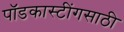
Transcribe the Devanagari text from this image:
पॉडकास्टींगसाठी